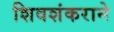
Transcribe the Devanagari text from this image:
शिवशंकराने